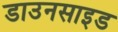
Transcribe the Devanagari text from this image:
डाउनसाइड